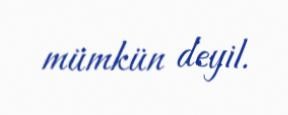
mümkün deyil.